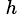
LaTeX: ^{\, h}